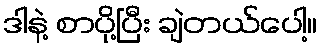
ဒါနဲ့ စာပို့ပြီး ချဲတယ်ပေါ့။